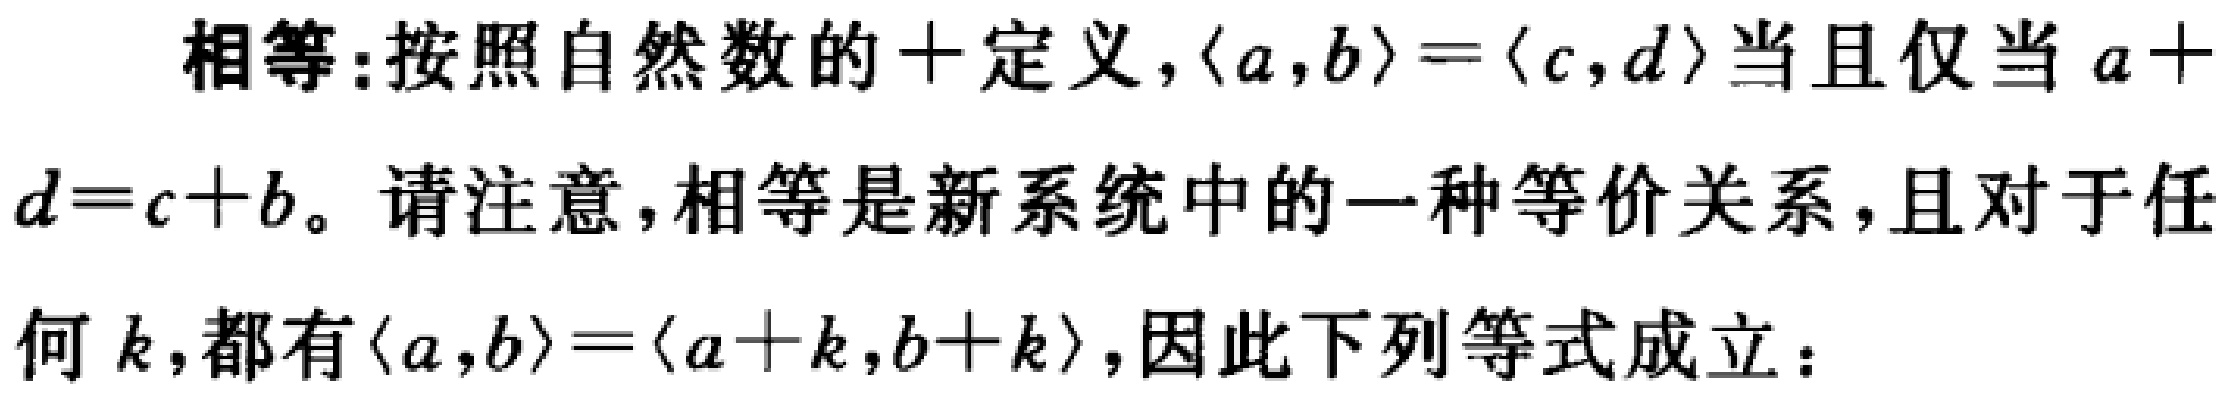
相等:按照自然数的+定义，$\langle a,b\rangle=\langle c,d\rangle$当且仅当$a + d=c + b$。请注意，相等是新系统中的一种等价关系，且对于任何$k$，都有$\langle a,b\rangle=\langle a + k,b + k\rangle$，因此下列等式成立：